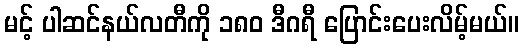
မင့် ပါဆင်နယ်လတီကို ၁၈၀ ဒီဂရီ ပြောင်းပေးလိမ့်မယ်။